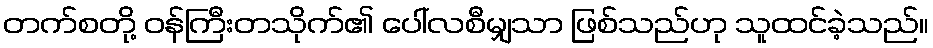
တက်စတို့ ဝန်ကြီးတသိုက်၏ ပေါ်လစီမျှသာ ဖြစ်သည်ဟု သူထင်ခဲ့သည်။